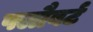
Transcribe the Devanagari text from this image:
फ्लौबर्ट